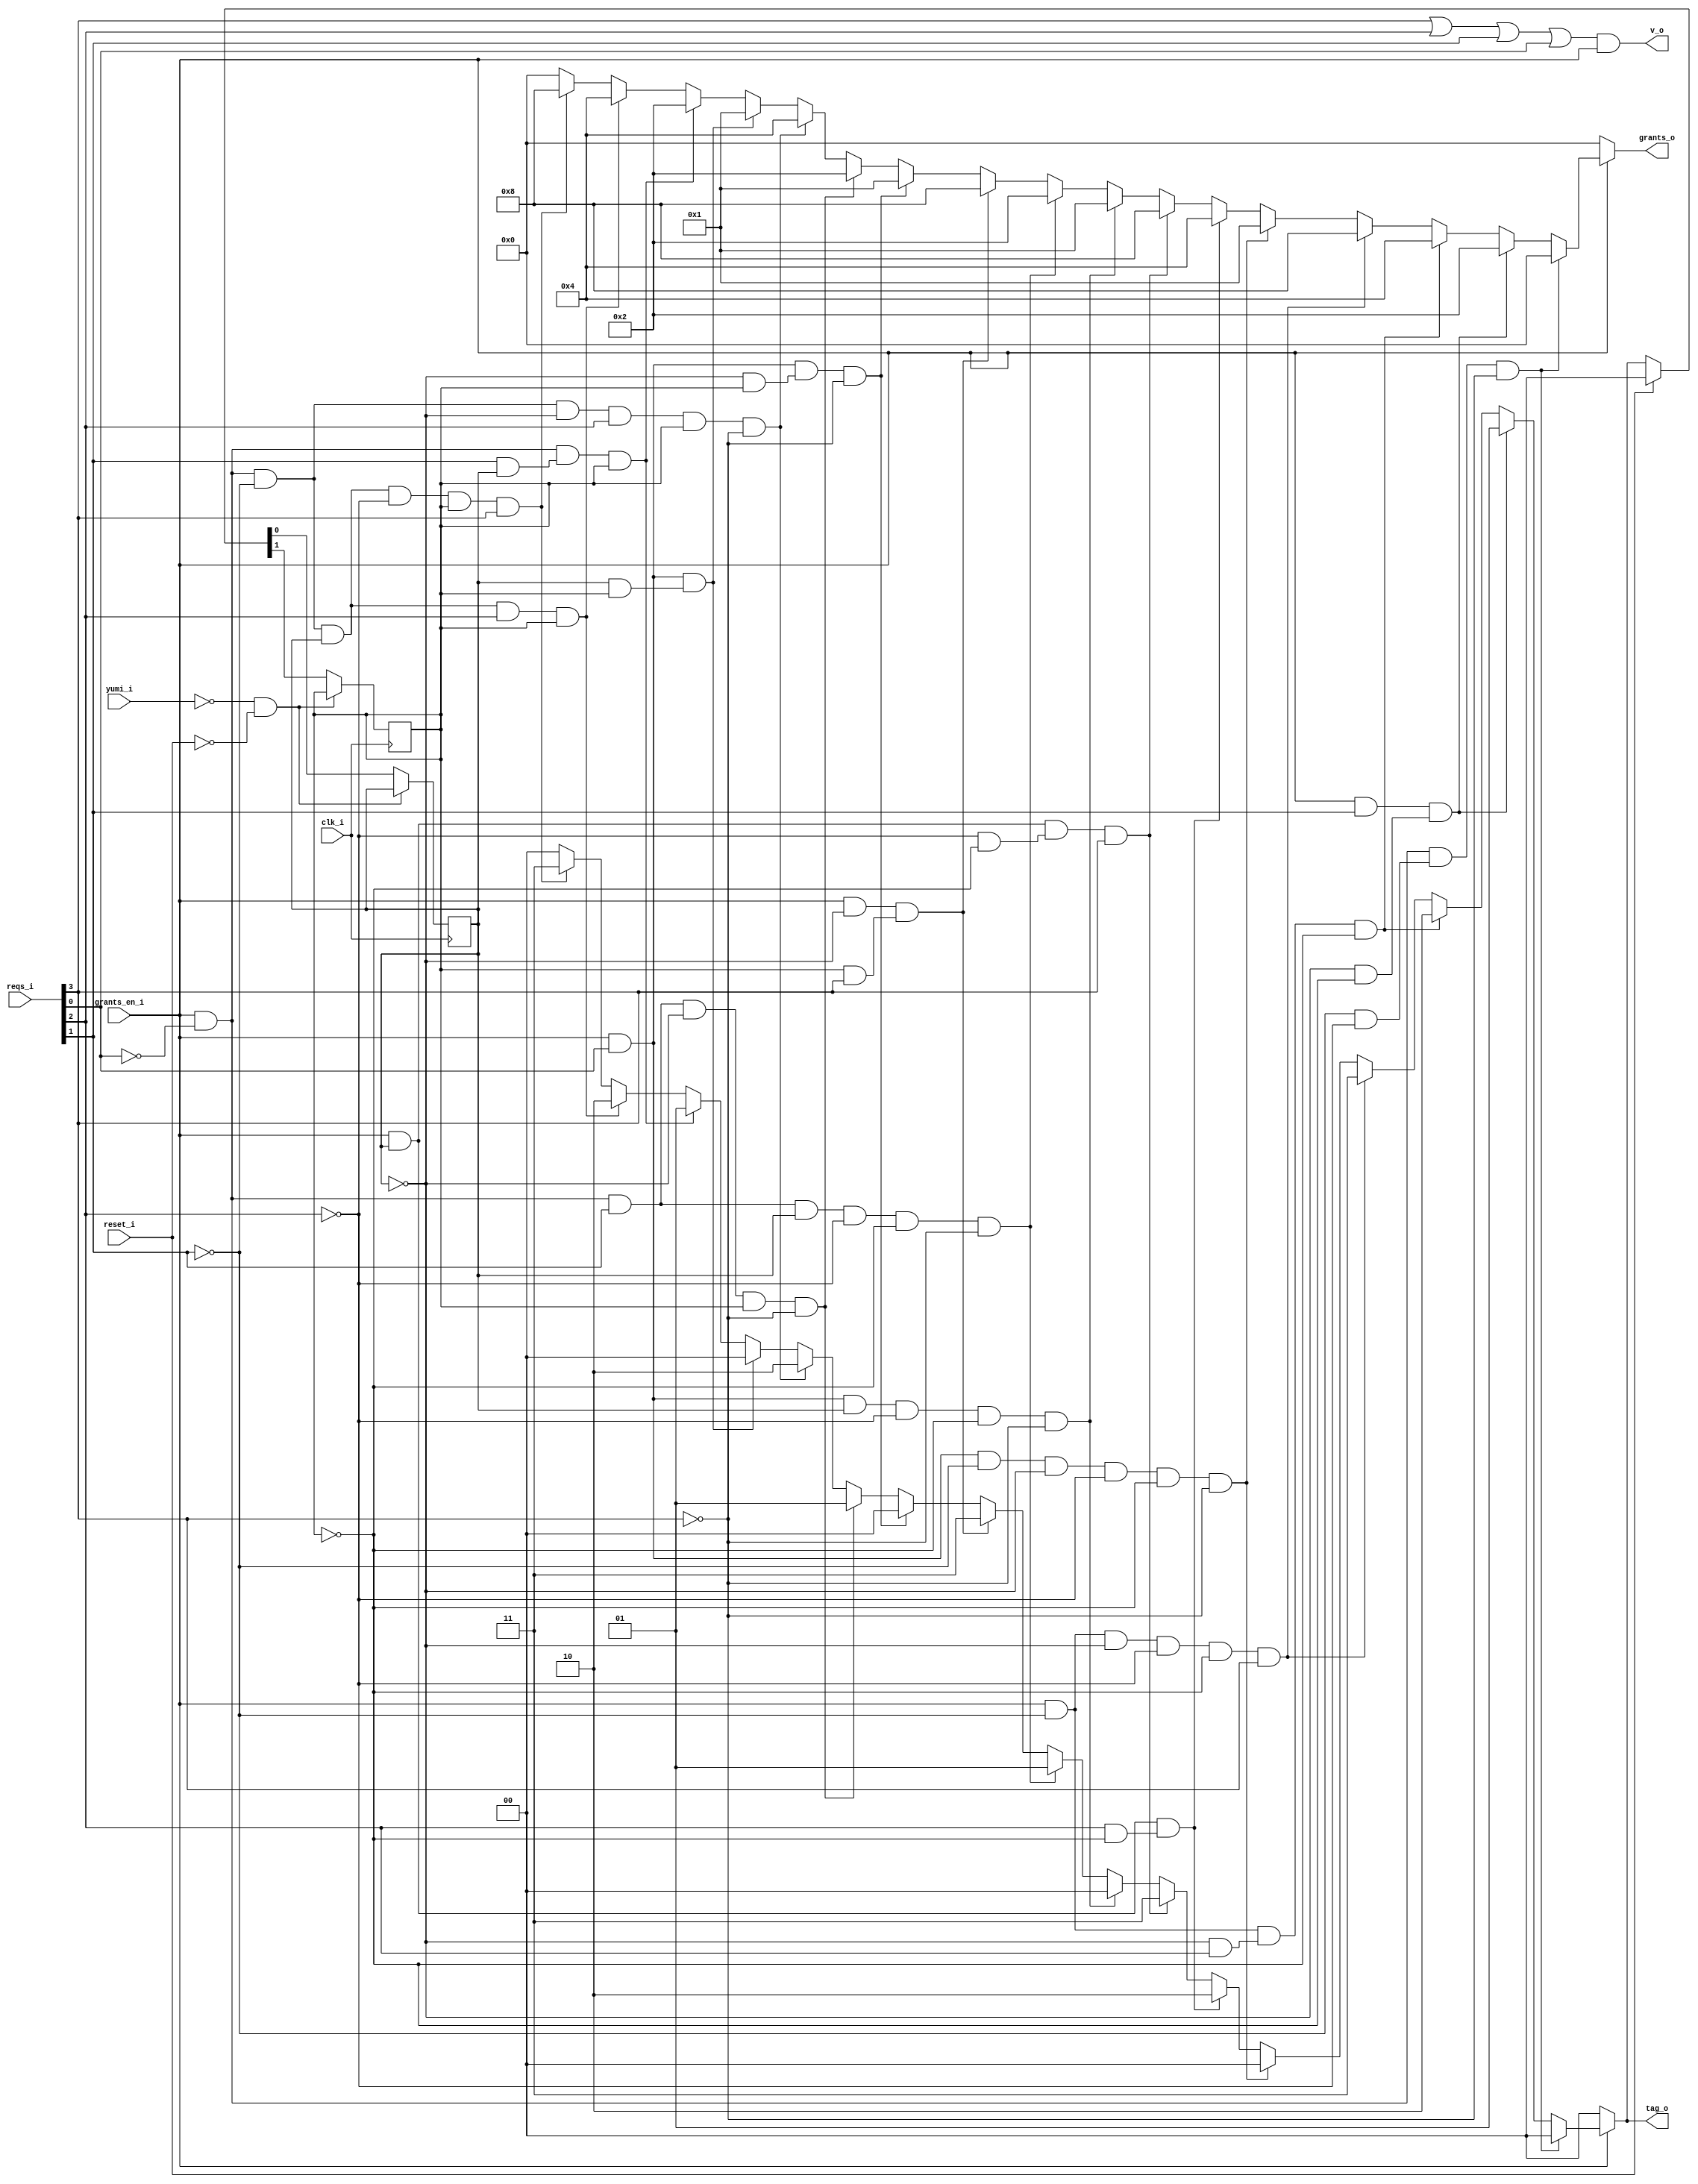
module bsg_round_robin_arb_inputs_p4
(
  clk_i,
  reset_i,
  grants_en_i,
  reqs_i,
  grants_o,
  v_o,
  tag_o,
  yumi_i
);

  input [3:0] reqs_i;
  output [3:0] grants_o;
  output [1:0] tag_o;
  input clk_i;
  input reset_i;
  input grants_en_i;
  input yumi_i;
  output v_o;
  wire [3:0] grants_o;
  wire [1:0] tag_o;
  wire v_o,N0,N1,N2,N3,N4,N5,N6,N7,N8,N9,N10,N11,N12,N13,N14,N15,N16,N17,N18,N19,N20,
  N21,N22,N23,N24,N25,N26,N27,N28,N29,N30,N31,N32,N33,N34,N35,N36,N37,N38,N39,N40,
  N41,N42,N43,N44,N45,N46,N47,N48,N49,N50,N51,N52,N53,N54,N55,N56,N57,N58,N59,N60,
  N61,N62,N63,N64,N65,N66,N67,N68,N69,N70,N71,N72,N73,N74,N75,N76,N77,N78,N79,N80,
  N81,N82,N83,N84,N85,N86,N87,N88,N89,N90,N91,N92,N93,N94,N95,N96,N97,N98,N99,N100,
  N101,N102,N103,N104,N105,N106,N107,N108,N109,N110,N111,N112,N113,N114,N115,N116,
  N117,N118,N119,N120,N121,N122,N123,N124,N125,N126;
  reg [1:0] last_r;

  always @(posedge clk_i) begin
    if(N123) begin
      last_r[1] <= N121;
    end 
  end


  always @(posedge clk_i) begin
    if(N123) begin
      last_r[0] <= N120;
    end 
  end

  assign N100 = ~grants_en_i;
  assign N101 = grants_en_i & N0 & (N1 & N2) & N3;
  assign N0 = ~reqs_i[0];
  assign N1 = ~reqs_i[1];
  assign N2 = ~reqs_i[2];
  assign N3 = ~reqs_i[3];
  assign N102 = grants_en_i & reqs_i[1] & (N4 & N5);
  assign N4 = ~last_r[0];
  assign N5 = ~last_r[1];
  assign N103 = grants_en_i & N6 & (N7 & reqs_i[2]) & N8;
  assign N6 = ~reqs_i[1];
  assign N7 = ~last_r[0];
  assign N8 = ~last_r[1];
  assign N9 = grants_en_i & N13;
  assign N10 = N9 & N14;
  assign N11 = N10 & N15;
  assign N12 = N11 & N16;
  assign N104 = N12 & reqs_i[3];
  assign N13 = ~reqs_i[1];
  assign N14 = ~last_r[0];
  assign N15 = ~reqs_i[2];
  assign N16 = ~last_r[1];
  assign N17 = grants_en_i & reqs_i[0];
  assign N18 = N17 & N22;
  assign N19 = N18 & N23;
  assign N20 = N19 & N24;
  assign N21 = N20 & N25;
  assign N105 = N21 & N26;
  assign N22 = ~reqs_i[1];
  assign N23 = ~last_r[0];
  assign N24 = ~reqs_i[2];
  assign N25 = ~last_r[1];
  assign N26 = ~reqs_i[3];
  assign N106 = grants_en_i & last_r[0] & (reqs_i[2] & N27);
  assign N27 = ~last_r[1];
  assign N107 = grants_en_i & last_r[0] & (N28 & N29) & reqs_i[3];
  assign N28 = ~reqs_i[2];
  assign N29 = ~last_r[1];
  assign N30 = grants_en_i & reqs_i[0];
  assign N31 = N30 & last_r[0];
  assign N32 = N31 & N34;
  assign N33 = N32 & N35;
  assign N108 = N33 & N36;
  assign N34 = ~reqs_i[2];
  assign N35 = ~last_r[1];
  assign N36 = ~reqs_i[3];
  assign N37 = grants_en_i & N42;
  assign N38 = N37 & reqs_i[1];
  assign N39 = N38 & last_r[0];
  assign N40 = N39 & N43;
  assign N41 = N40 & N44;
  assign N109 = N41 & N45;
  assign N42 = ~reqs_i[0];
  assign N43 = ~reqs_i[2];
  assign N44 = ~last_r[1];
  assign N45 = ~reqs_i[3];
  assign N110 = grants_en_i & N46 & (last_r[1] & reqs_i[3]);
  assign N46 = ~last_r[0];
  assign N111 = grants_en_i & reqs_i[0] & (N47 & last_r[1]) & N48;
  assign N47 = ~last_r[0];
  assign N48 = ~reqs_i[3];
  assign N49 = grants_en_i & N53;
  assign N50 = N49 & reqs_i[1];
  assign N51 = N50 & N54;
  assign N52 = N51 & last_r[1];
  assign N112 = N52 & N55;
  assign N53 = ~reqs_i[0];
  assign N54 = ~last_r[0];
  assign N55 = ~reqs_i[3];
  assign N56 = grants_en_i & N61;
  assign N57 = N56 & N62;
  assign N58 = N57 & N63;
  assign N59 = N58 & reqs_i[2];
  assign N60 = N59 & last_r[1];
  assign N113 = N60 & N64;
  assign N61 = ~reqs_i[0];
  assign N62 = ~reqs_i[1];
  assign N63 = ~last_r[0];
  assign N64 = ~reqs_i[3];
  assign N114 = grants_en_i & reqs_i[0] & (last_r[0] & last_r[1]);
  assign N115 = grants_en_i & N65 & (reqs_i[1] & last_r[0]) & last_r[1];
  assign N65 = ~reqs_i[0];
  assign N66 = grants_en_i & N70;
  assign N67 = N66 & N71;
  assign N68 = N67 & last_r[0];
  assign N69 = N68 & reqs_i[2];
  assign N116 = N69 & last_r[1];
  assign N70 = ~reqs_i[0];
  assign N71 = ~reqs_i[1];
  assign N72 = grants_en_i & N77;
  assign N73 = N72 & N78;
  assign N74 = N73 & last_r[0];
  assign N75 = N74 & N79;
  assign N76 = N75 & last_r[1];
  assign N117 = N76 & reqs_i[3];
  assign N77 = ~reqs_i[0];
  assign N78 = ~reqs_i[1];
  assign N79 = ~reqs_i[2];
  assign grants_o = (N80)? { 1'b0, 1'b0, 1'b0, 1'b0 } : 
                    (N81)? { 1'b0, 1'b0, 1'b0, 1'b0 } : 
                    (N82)? { 1'b0, 1'b0, 1'b1, 1'b0 } : 
                    (N83)? { 1'b0, 1'b1, 1'b0, 1'b0 } : 
                    (N84)? { 1'b1, 1'b0, 1'b0, 1'b0 } : 
                    (N85)? { 1'b0, 1'b0, 1'b0, 1'b1 } : 
                    (N86)? { 1'b0, 1'b1, 1'b0, 1'b0 } : 
                    (N87)? { 1'b1, 1'b0, 1'b0, 1'b0 } : 
                    (N88)? { 1'b0, 1'b0, 1'b0, 1'b1 } : 
                    (N89)? { 1'b0, 1'b0, 1'b1, 1'b0 } : 
                    (N90)? { 1'b1, 1'b0, 1'b0, 1'b0 } : 
                    (N91)? { 1'b0, 1'b0, 1'b0, 1'b1 } : 
                    (N92)? { 1'b0, 1'b0, 1'b1, 1'b0 } : 
                    (N93)? { 1'b0, 1'b1, 1'b0, 1'b0 } : 
                    (N94)? { 1'b0, 1'b0, 1'b0, 1'b1 } : 
                    (N95)? { 1'b0, 1'b0, 1'b1, 1'b0 } : 
                    (N96)? { 1'b0, 1'b1, 1'b0, 1'b0 } : 
                    (N97)? { 1'b1, 1'b0, 1'b0, 1'b0 } : 1'b0;
  assign N80 = N100;
  assign N81 = N101;
  assign N82 = N102;
  assign N83 = N103;
  assign N84 = N104;
  assign N85 = N105;
  assign N86 = N106;
  assign N87 = N107;
  assign N88 = N108;
  assign N89 = N109;
  assign N90 = N110;
  assign N91 = N111;
  assign N92 = N112;
  assign N93 = N113;
  assign N94 = N114;
  assign N95 = N115;
  assign N96 = N116;
  assign N97 = N117;
  assign tag_o = (N80)? { 1'b0, 1'b0 } : 
                 (N81)? { 1'b0, 1'b0 } : 
                 (N82)? { 1'b0, 1'b1 } : 
                 (N83)? { 1'b1, 1'b0 } : 
                 (N84)? { 1'b1, 1'b1 } : 
                 (N85)? { 1'b0, 1'b0 } : 
                 (N86)? { 1'b1, 1'b0 } : 
                 (N87)? { 1'b1, 1'b1 } : 
                 (N88)? { 1'b0, 1'b0 } : 
                 (N89)? { 1'b0, 1'b1 } : 
                 (N90)? { 1'b1, 1'b1 } : 
                 (N91)? { 1'b0, 1'b0 } : 
                 (N92)? { 1'b0, 1'b1 } : 
                 (N93)? { 1'b1, 1'b0 } : 
                 (N94)? { 1'b0, 1'b0 } : 
                 (N95)? { 1'b0, 1'b1 } : 
                 (N96)? { 1'b1, 1'b0 } : 
                 (N97)? { 1'b1, 1'b1 } : 1'b0;
  assign { N121, N120 } = (N98)? { 1'b0, 1'b0 } : 
                          (N99)? tag_o : 1'b0;
  assign N98 = reset_i;
  assign N99 = N119;
  assign v_o = N126 & grants_en_i;
  assign N126 = N125 | reqs_i[0];
  assign N125 = N124 | reqs_i[1];
  assign N124 = reqs_i[3] | reqs_i[2];
  assign N118 = ~yumi_i;
  assign N119 = ~reset_i;
  assign N122 = N118 & N119;
  assign N123 = ~N122;

endmodule